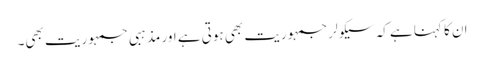
ان کا کہنا ہے کہ سیکولر جمہوریت بھی ہوتی ہے اور مذہبی جمہوریت بھی۔